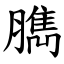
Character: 臇